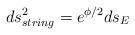
LaTeX: \begin{align*}ds_{string}^2= e^{\phi/2}ds_E\end{align*}